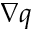
\nabla q